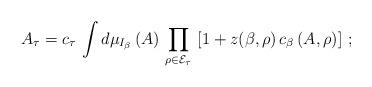
LaTeX: \begin{align*}\left. A_{\tau} = c_{\tau} \, \int d \mu_{I_{\beta}} \, (A) \, \prod_{\rho \in {\cal E}_{\tau}} \, \left[ 1 + z(\beta,\rho) \, c_{\beta} \, (A,\rho) \right] \, ; \right.\end{align*}